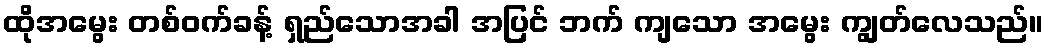
ထိုအမွေး တစ်ဝက်ခန့် ရှည်သောအခါ အပြင် ဘက် ကျသော အမွေး ကျွတ်လေသည်။